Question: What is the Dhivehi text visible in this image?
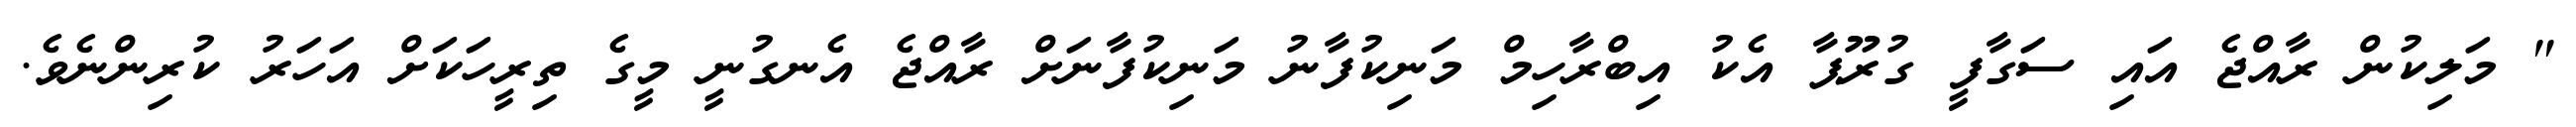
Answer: " މަލިކުން ރާއްޖެ އައި ސަގާފީ ގުރޫޕާ އެކު އިބްރާހިމް މަނިކުފާނު މަނިކުފާނަށް ރާއްޖެ އެނގުނީ މީގެ ތިރީހަކަށް އަހަރު ކުރިންނެވެ.